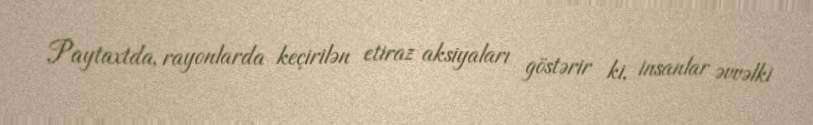
Paytaxtda, rayonlarda keçirilən etiraz aksiyaları göstərir ki, insanlar əvvəlki